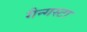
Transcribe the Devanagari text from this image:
गैन्गस्टा